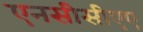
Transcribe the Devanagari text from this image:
एनसीसीएए